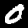
Digit: 0